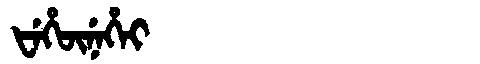
Manchu: ᡶᡝᡥᡡᠨᡝᡥᠠᡳ
Romanization: FEHŪNEHAI